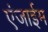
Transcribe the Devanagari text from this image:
एंजाईम